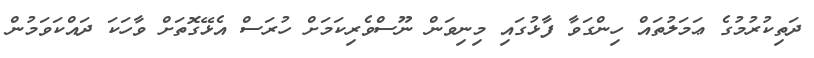
ދަތިކުރުމުގެ ޢަމަލުތައް ހިންގަވާ ފާޅުގައި މިނިވަން ނޫސްވެރިކަމަށް ހުރަސް އެޅޭގޮތަށް ވާހަކަ ދައްކަވަމުން